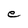
Character: e